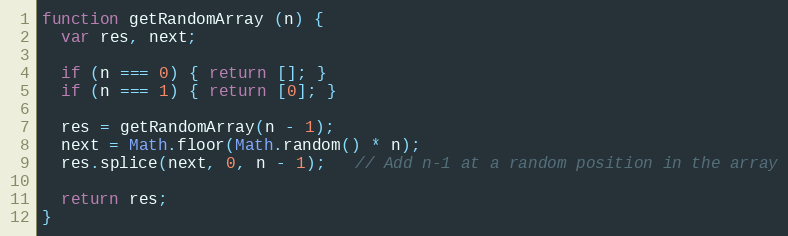
Language: JavaScript
function getRandomArray (n) {
  var res, next;

  if (n === 0) { return []; }
  if (n === 1) { return [0]; }

  res = getRandomArray(n - 1);
  next = Math.floor(Math.random() * n);
  res.splice(next, 0, n - 1);   // Add n-1 at a random position in the array

  return res;
}